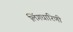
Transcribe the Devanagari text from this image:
लिंगधारिणी